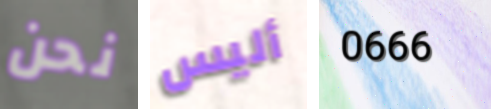
نحن أليس 0666